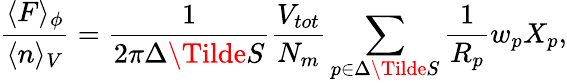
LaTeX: \frac{\langle F\rangle_{\phi}}{\langle n\rangle_{V}}=\frac{1}{2\pi\Delta\Tilde{S}}\frac{V_{tot}}{N_{m}}\sum_{p\in\Delta\Tilde{S}}\frac{1}{{R}_{p}}w_{p}X_{p},